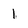
Character: 1